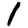
Digit: 1